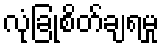
လုံခြုံစိတ်ချရမှု